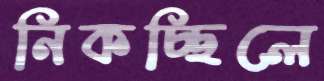
নিকচ্ছিলে